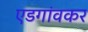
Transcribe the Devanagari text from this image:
एडगांवकर